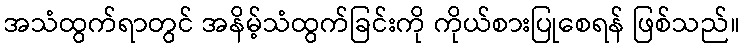
အသံထွက်ရာတွင် အနိမ့်သံထွက်ခြင်းကို ကိုယ်စားပြုစေရန် ဖြစ်သည်။